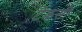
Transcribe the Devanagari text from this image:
टेकसी